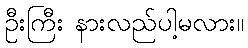
ဦးကြီး နားလည်ပါ့မလား။